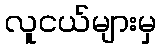
လူငယ်များမှ